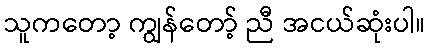
သူကတော့ ကျွန်တော့် ညီ အငယ်ဆုံးပါ။